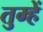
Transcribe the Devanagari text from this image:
तुम्हेें